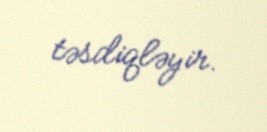
təsdiqləyir.